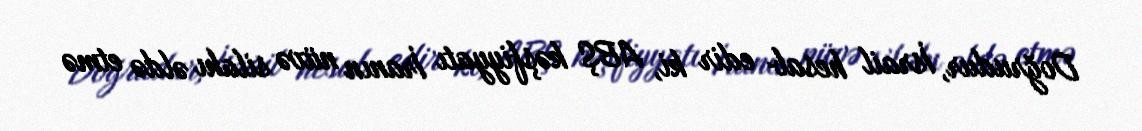
Doğrudur, İsrail hesab edir ki, ABŞ kəşfiyyatı İranın nüvə silahı əldə etmə